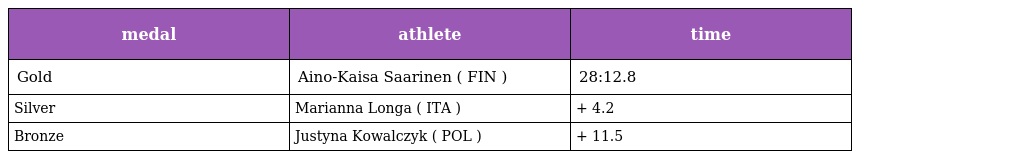
| medal | athlete | time |
 | --- | --- | --- |
 | Gold | Aino-Kaisa Saarinen ( FIN ) | 28:12.8 |
 | Silver | Marianna Longa ( ITA ) | + 4.2 |
 | Bronze | Justyna Kowalczyk ( POL ) | + 11.5 |